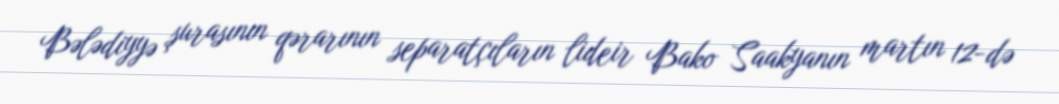
Bələdiyyə şurasının qərarının separatçıların lideir Bako Saakyanın martın 12-də